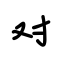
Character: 对